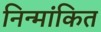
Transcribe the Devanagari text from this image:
निन्मांकित